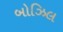
બોઝિલ